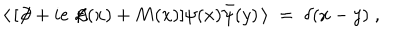
\langle \, [ \not \! \partial + i e \not \! \! A ( x ) + M ( x ) ] \psi ( x ) { \bar { \psi } } ( y ) \, \rangle \; = \; \delta ( x - y ) \; ,